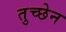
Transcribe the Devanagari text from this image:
तुच्छेन